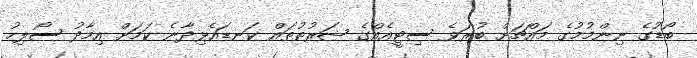
ބޯޑުގެ ނިންމުމުގެ މައްޗަށް ބުރަވެ ސިޓީއެއްގެ ޝަރުތުތައް ކަނޑައެޅިދާނެ ކަމަށް އިމާދު ސޯލިހު